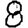
Digit: 8